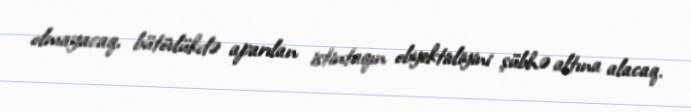
olmayacaq, bütövlükdə aparılan istintaqın obyektivliyini şübhə altına alacaq.